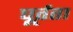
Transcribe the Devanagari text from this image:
घूर्तता